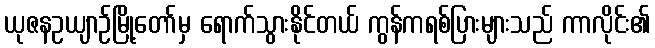
ယုဇနဥယျာဉ်မြို့တော်မှ ရောက်သွားနိုင်တယ် ကွန်ကရစ်ပြားများသည် ကာလိုင်း၏